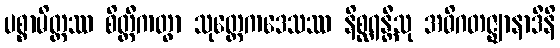
ပစ္စာမိတ္တဿ စိတ္တီကတွာ သုတ္တေကဒေသဿ နိစ္ဆရန္တီသု အဓိဂတဇ္ဈာနာဒီနိ